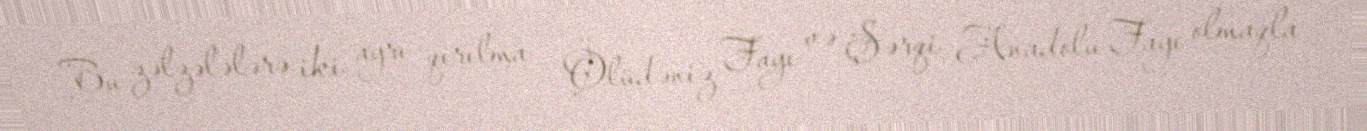
Bu zəlzələlərə iki ayrı qırılma - Ölüdəniz Fayı və Şərqi Anadolu Fayı olmaqla